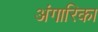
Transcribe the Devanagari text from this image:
अंगारिका